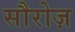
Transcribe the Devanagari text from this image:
सौरोज़